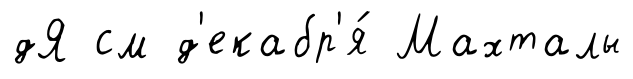
дЯ см д'екабр'я́ Махталы